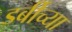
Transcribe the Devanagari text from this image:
डर्बीच्या